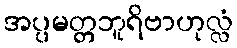
အပ္ပမတ္တဘူရိဗာဟုလ္လံ